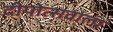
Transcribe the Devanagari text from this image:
दीपोत्सवाला